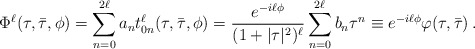
\begin{align*} \Phi^\ell(\tau ,\bar\tau,\phi) = \sum_{n=0}^{2\ell}a_n t^\ell_{0n}(\tau ,\bar\tau,\phi) = \frac{e^{-i\ell\phi}}{(1+|\tau|^2)^\ell} \sum_{n=0}^{2\ell}b_n \tau^n \equiv e^{-i\ell\phi}\varphi(\tau ,\bar\tau)\,.\end{align*}